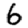
Digit: 6